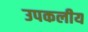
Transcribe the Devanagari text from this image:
उपकलीय